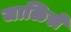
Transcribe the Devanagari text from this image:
जाळिले